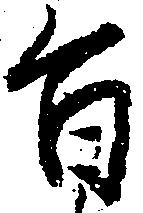
旨